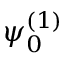
\psi _ { 0 } ^ { ( 1 ) }